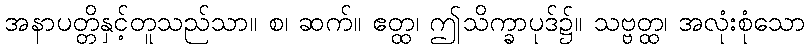
အနာပတ္တိနှင့်တူသည်သာ။ စ၊ ဆက်။ ဧတ္ထ၊ ဤသိက္ခာပုဒ်၌။ သဗ္ဗတ္ထ၊ အလုံးစုံသော